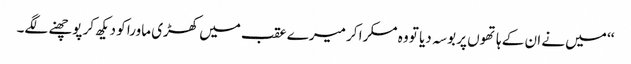
‘‘ میں نے ان کے ہاتھوں پر بوسہ دیا تو وہ مسکرا کر میرے عقب میں کھڑی ماورا کو دیکھ کر پوچھنے لگے۔